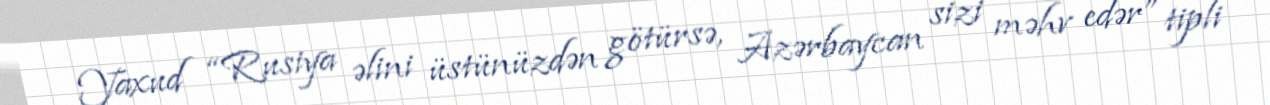
Yaxud “Rusiya əlini üstünüzdən götürsə, Azərbaycan sizi məhv edər” tipli